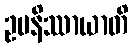
ဥပနိဿာယာတိ